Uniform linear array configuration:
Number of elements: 32
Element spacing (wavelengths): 0.75
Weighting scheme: exponential
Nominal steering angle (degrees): -60
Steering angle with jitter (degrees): -58.118
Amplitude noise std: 0.05
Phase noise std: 0.05

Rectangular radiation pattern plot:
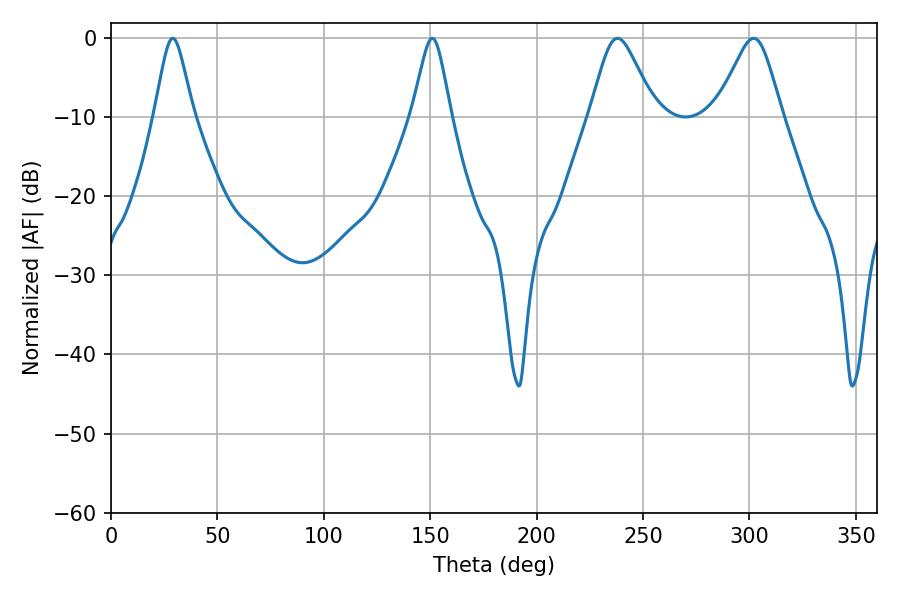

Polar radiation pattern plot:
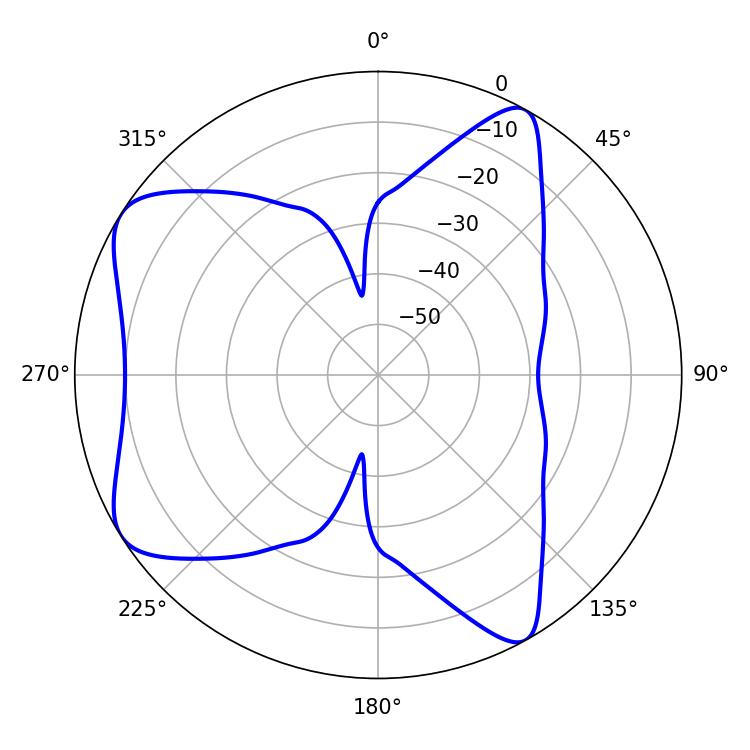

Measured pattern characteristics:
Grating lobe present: TRUE
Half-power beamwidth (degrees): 14.94
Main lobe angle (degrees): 237.96